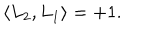
LaTeX: \langle L _ { 2 } , L _ { 1 } \rangle = + 1 .